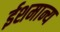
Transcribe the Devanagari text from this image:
ईशमान्य